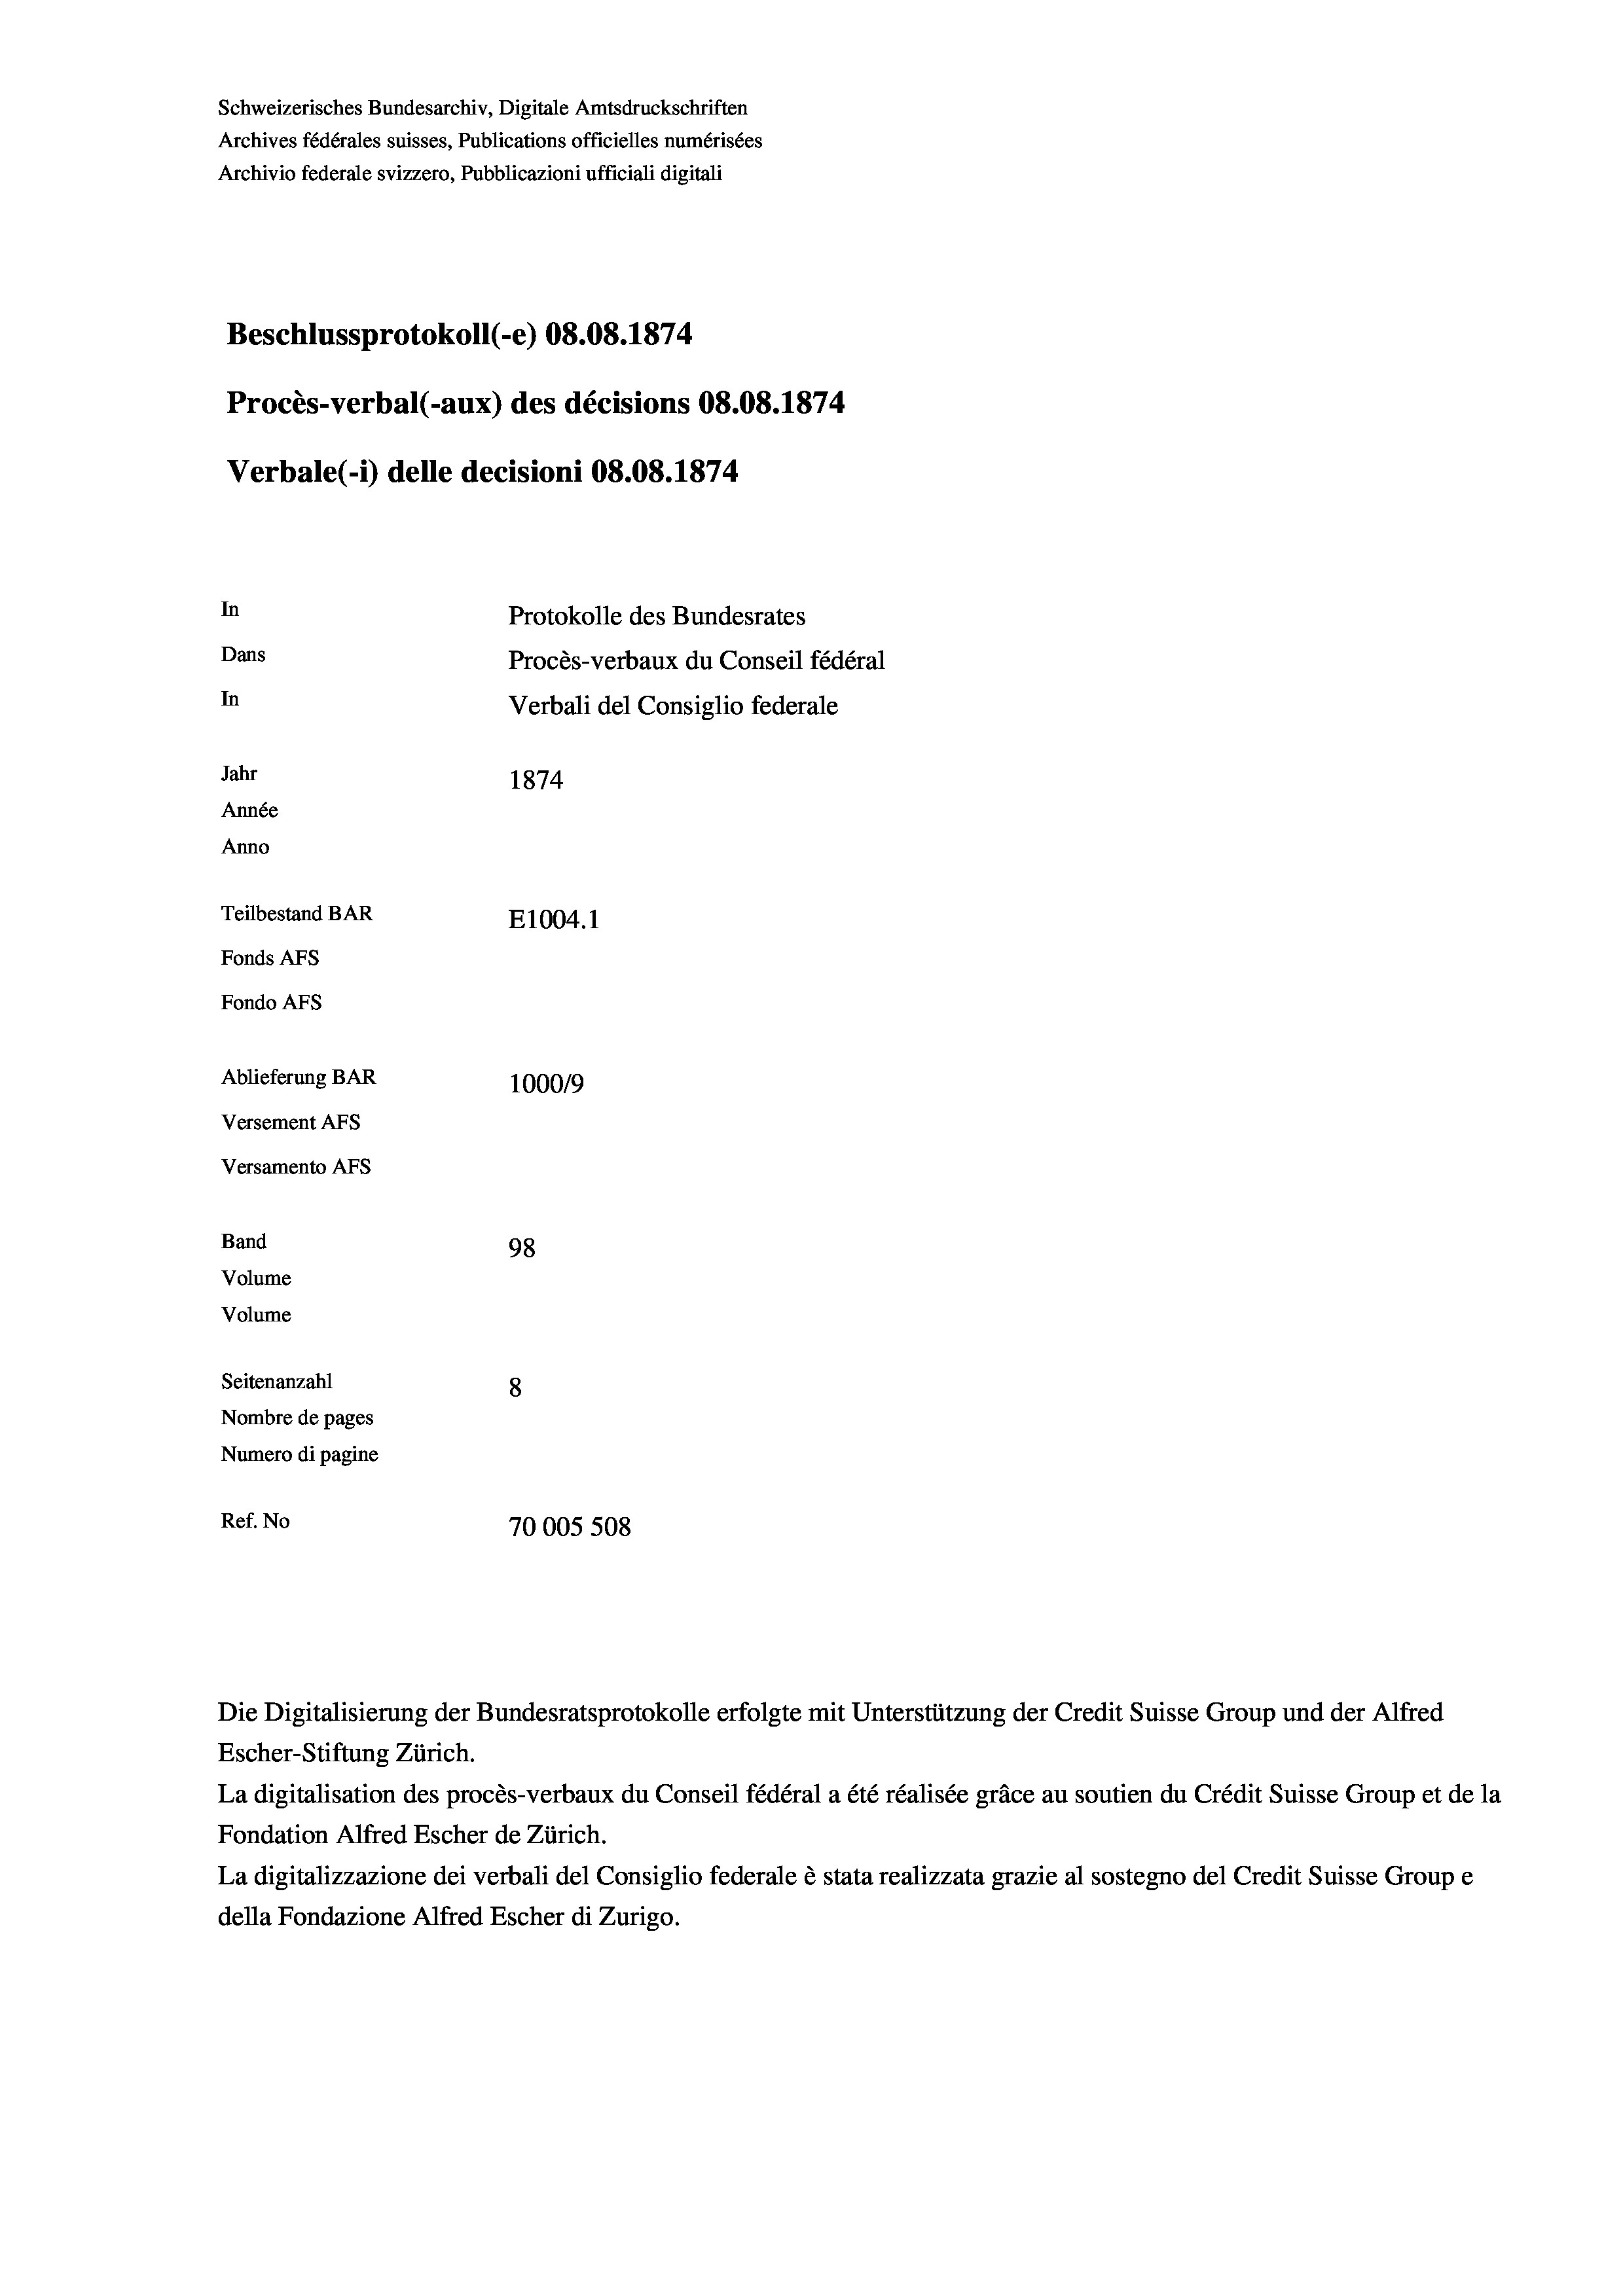
Schweizerisches Bundesarchiv, Digitale Amtsdruckschriften
Archives fédérales suisses, Publications officielles numérisées
Archivio federale svizzero, Pubblicazioni ufficiali digitali
Beschlussprotokoll (-e) 08.08. 1874
Procès-verbal (-aux) des décisions 08.08. 1874
Verbale(-*) delle decisioni 08.08. 1874
In
Protokolle des Bundesrates
Dans
Procès-verbaux du Conseil fédéral
In
Verbali del Consiglio federale
Jahr
1874
Année
Anno
Teilbestand BAR
E1004. 1
Fonds AFs
Fondo AFs
Ablieferung BAR
100019
Versement AFS
Versamento AFs

98
Volume
Volume
Seitenanzahl
8
Nombre de pages
Numero di pagine
Ref. No
70005 508

Band

Die Digitalisierung der Bundesratsprotokolle erfolgte mit Unterstützung der Credit Suisse Group und der Alfred
Escher-Stiftung Zürich.
La digitalisation des procès-verbaux du Conseil fédéral a été réalisée gräce au soutien du Crédit Suisse Group et de la
Fondation Alfred Escher de Zürich.
La digitalizzazione dei verbali del Consiglio federale è stata realizzata grazie al sostegno del Credit Suisse Groupe
della Fondazione Alfred Escher di Zurigo.